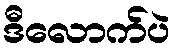
ဒီလောက်ပဲ